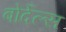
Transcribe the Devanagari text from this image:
बोर्देल्स